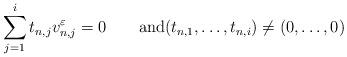
LaTeX: \begin{align*}\sum_{j=1}^i t_{n,j} v_{n,j}^\varepsilon=0\qquad\textnormal{and}(t_{n,1},\ldots,t_{n,i})\neq(0,\ldots,0)\end{align*}